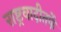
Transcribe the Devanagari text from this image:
राष्ट्रवादीतर्फे